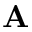
\mathbf { A }